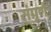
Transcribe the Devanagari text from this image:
संपूर्णै